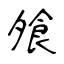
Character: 飧